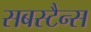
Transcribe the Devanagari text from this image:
सबस्टैन्स